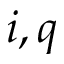
i , q